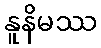
နူနိမဿ